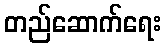
တည်ဆောက်ရေး